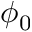
\phi _ { 0 }